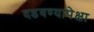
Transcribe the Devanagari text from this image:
दडवण्यापेक्षा